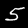
Label: 5